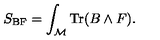
S _ { \mathrm { B F } } = \int _ { \cal M } \mathrm { T r } ( B \wedge F ) .